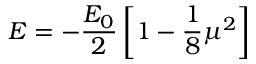
E = - { \frac { E _ { 0 } } { 2 } } \left[ 1 - { \frac { 1 } { 8 } } \mu ^ { 2 } \right]